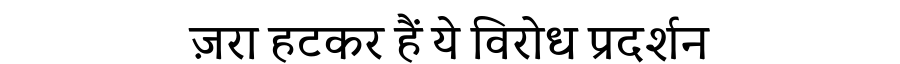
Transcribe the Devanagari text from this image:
ज़रा हटकर हैं ये विरोध प्रदर्शन